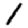
Digit: 1